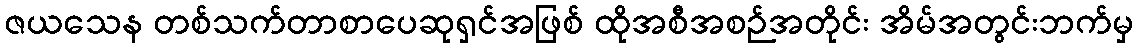
ဇယသေန တစ်သက်တာစာပေဆုရှင်အဖြစ် ထိုအစီအစဉ်အတိုင်း အိမ်အတွင်းဘက်မှ